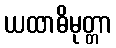
ယထာဓိမုတ္တာ